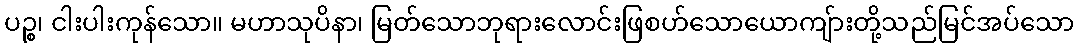
ပဉ္စ၊ ငါးပါးကုန်သော။ မဟာသုပိနာ၊ မြတ်သောဘုရားလောင်းဖြစဟ်သောယောကျ်ားတို့သည်မြင်အပ်သော